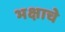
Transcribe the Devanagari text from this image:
भक्षाचे